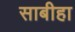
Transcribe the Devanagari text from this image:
साबीहा